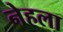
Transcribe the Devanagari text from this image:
नेहला